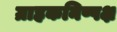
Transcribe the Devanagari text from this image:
ग्राहकनिष्पक्ष